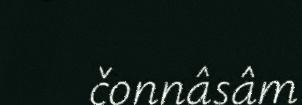
čonnâsâm